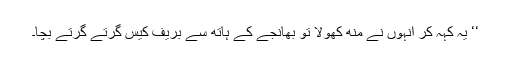
‘‘ یہ کہہ کر انہوں نے منھ کھولا تو بھانجے کے ہاتھ سے بریف کیس گرتے گرتے بچا۔